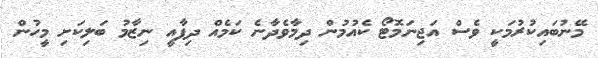
މޭނުބައިކުރުމަކީ ވެސް އަޖިނަމޮޓޯ ކެއުމުން ދިމާވެދާނެ ކަމެއް ދިފާއީ ނިޒާމު ބަލިކަށި މީހުން